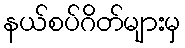
နယ်စပ်ဂိတ်များမှ